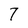
Character: 7